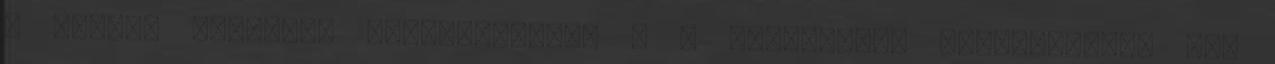
a keleti vallások hangsúlyoznak - a keresztény hagyományban már